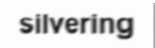
silvering